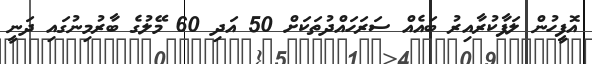
އޮފީހުން ލަފާކުރާއިރު ބައެއް ސަރަހައްދުތަކަށް 50 އަދި 60 މޭލުގެ ބާރުމިނުގައި ދަނީ